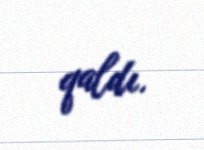
qaldı.